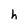
Character: h